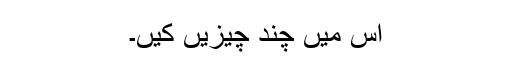
اس میں چند چیزیں کیں۔